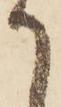
て